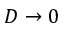
D \to 0